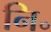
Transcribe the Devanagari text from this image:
नि॰